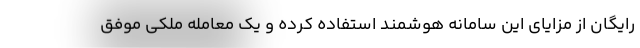
رایگان از مزایای این سامانه هوشمند استفاده کرده و یک معامله ملکی موفق